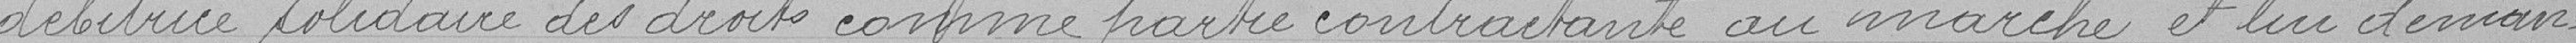
débitrice solidaire des droits comme partie contractant au marché, et lui deman-